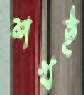
শখই